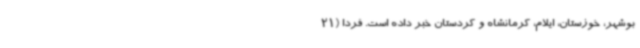
بوشهر، خوزستان، ایلام، کرمانشاه و کردستان خبر داده است. فردا (21